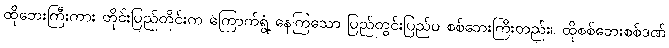
ထိုဘေးကြီးကား တိုင်းပြည်တိုင်းက ကြောက်ရွံ့ နေကြသော ပြည်တွင်းပြည်ပ စစ်ဘေးကြီးတည်း။ ထိုစစ်ဘေးစစ်ဒဏ်